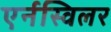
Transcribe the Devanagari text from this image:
एर्नस्विलर